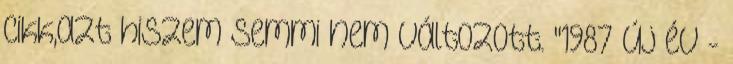
cikk,azt hiszem semmi nem változott. "1987 Új év -